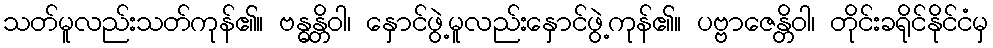
သတ်မူလည်းသတ်ကုန်၏။ ဗန္ဓန္တိဝါ၊ နှောင်ဖွဲ့မူလည်းနှောင်ဖွဲ့ကုန်၏။ ပဗ္ဗာဇေန္တိဝါ၊ တိုင်းခရိုင်နိုင်ငံမှ